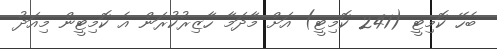
ބެހޭ ކޮމިޓީ (241 ކޮމިޓީ) އަށް މާދަމާ ހާޒިރުކުރަން އެ ކޮމިޓީން މިއަދު